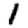
Digit: 1